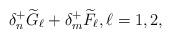
LaTeX: \begin{align*}\delta_n^+ \widetilde{G}_\ell + \delta_m^+ \widetilde{F}_\ell, \ell=1,2,\end{align*}